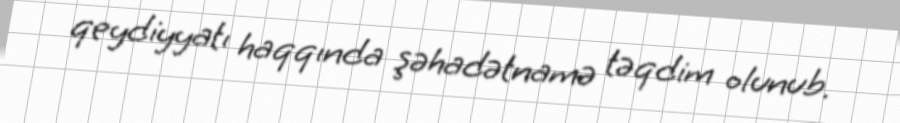
qeydiyyatı haqqında şəhadətnamə təqdim olunub.